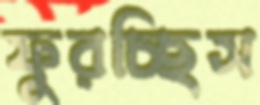
ফুরচ্ছিস